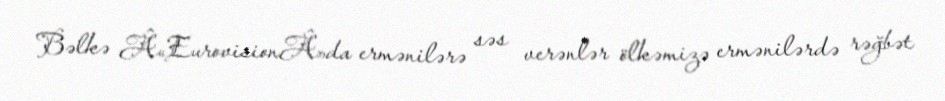
Bəlkə Â«EurovisionÂ»da ermənilərə səs verənlər ölkəmizə ermənilərdə rəğbət